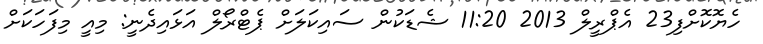
ހެޔޮކޮށްފި23 އެޕްރީލް 2013 11:20 ޝެޑަކުން ސައިކަލަށް ޕެޓްރޯލް އަޅައިދެނީ: މިއީ މިފަހަކަށް